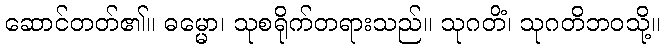
ဆောင်တတ်၏။ ဓမ္မော၊ သုစရိုက်တရားသည်။ သုဂတိံ၊ သုဂတိဘဝသို့။